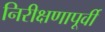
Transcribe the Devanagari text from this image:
निरीक्षणापूर्वी